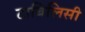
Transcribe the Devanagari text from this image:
टाबिलिसी